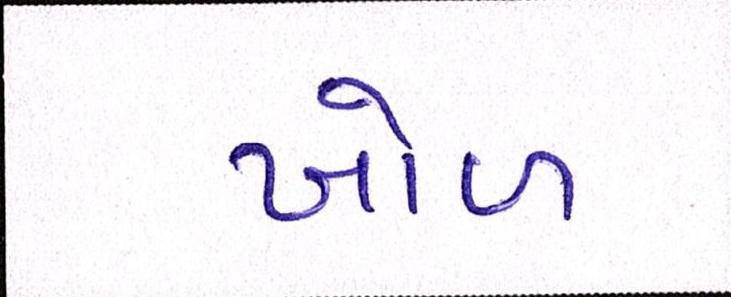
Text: ખોળ